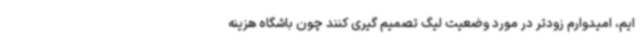
ایم، امیدوارم زودتر در مورد وضعیت لیگ تصمیم گیری کنند چون باشگاه هزینه